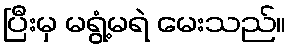
ပြီးမှ မရွံ့မရဲ မေးသည်။